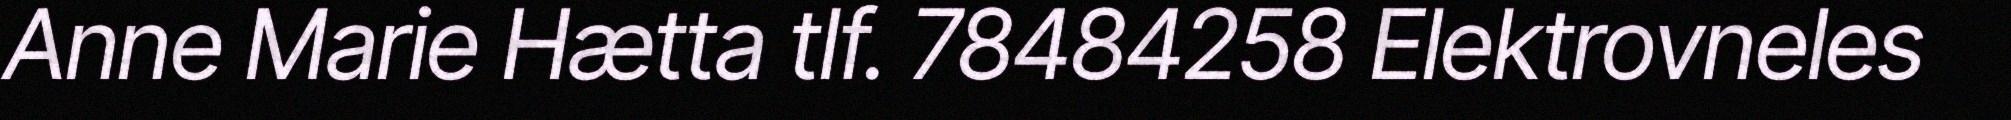
Anne Marie Hætta tlf. 78484258 Elektrovneles